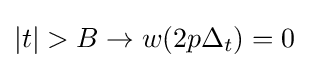
|t|>B\rightarrow w(2p\Delta _{t})=0